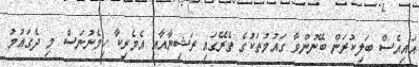
އައިއެސް ބަލިކުރަން ބޭނުންވާ ގައުމުތަކުގެ ތެރޭގައި ރަޝިޔާއާއި އެމެރިކާ ހިމެނުނަސް މި ދެގައުމު